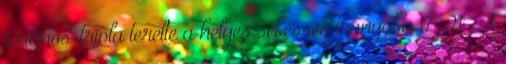
Drahos-tripla terelte a helyes sebesség irányába 17-21 . A